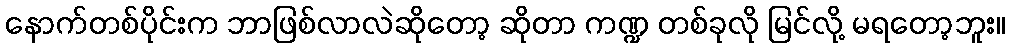
နောက်တစ်ပိုင်းက ဘာဖြစ်လာလဲဆိုတော့ ဆိုတာ ကဏ္ဍ တစ်ခုလို မြင်လို့ မရတော့ဘူး။